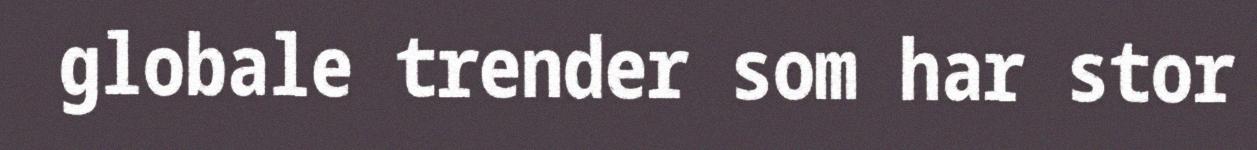
globale trender som har stor